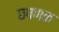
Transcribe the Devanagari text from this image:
छपणक